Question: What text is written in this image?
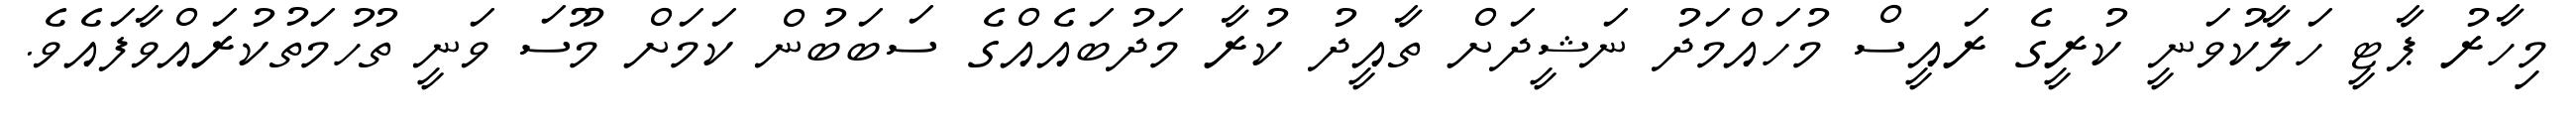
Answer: މިހާރު ޕާޓީ ހަލާކުވަނީ ކުރީގެ ރައީސް މުހައްމަދު ނަޝީދަށް ތާއީދު ކުރާ މަދުބައެއްގެ ސަބަބުން ކަމަށް މޫސަ ވަނީ ތުހުމަތުކުރައްވާފައެވެ.